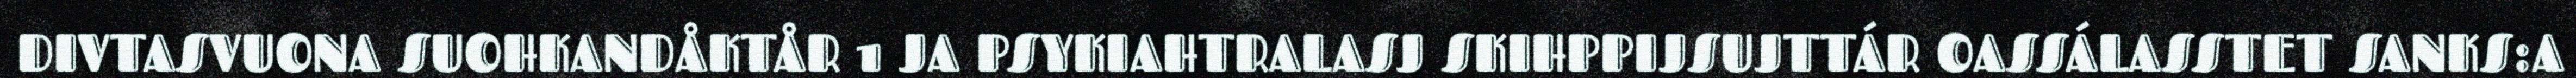
DIVTASVUONA SUOHKANDÅKTÅR 1 JA PSYKIAHTRALASJ SKIHPPIJSUJTTÁR OASSÁLASSTET SANKS:A